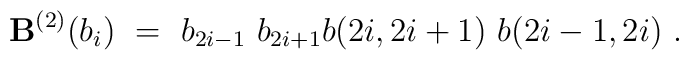
{\bf B}^{(2)}(b_i)~=~b_{2i-1}~b_{2i+1}b(2i,2i+1)~b(2i-1,2i)~.